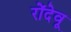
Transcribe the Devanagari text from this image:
रोंदेवू